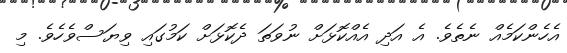
އެހެންކަމެއް ނެތެވެ. އެ އަދި އެއްކޮޅަށް ނުވަތަ ދެކޮޅަށް ކަމުގައި ވިޔަސްވެހެވެ. މި